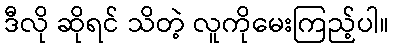
ဒီလို ဆိုရင် သိတဲ့ လူကိုမေးကြည့်ပါ။